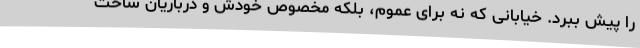
را پیش ببرد. خیابانی که نه برای عموم، بلکه مخصوص خودش و درباریان ساخت